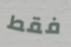
فقط